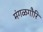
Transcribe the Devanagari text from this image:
मंगळगौरि